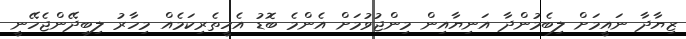
ޒިޔާދާ ނައީމަށް ލިބެމުންދާ އަނިޔާއިން މިންޖުވުމަށް އެންމެ ބޮޑު އެހީތެރިކަމެއް މިހާރު ލިބިދޭންޖެހޭނީ